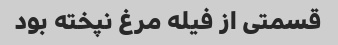
قسمتی از فیله مرغ نپخته بود